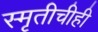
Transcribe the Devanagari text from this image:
स्मृतीचीही